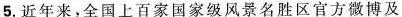
5.近年来，全国上百家国家级风景名胜区官方微博及